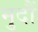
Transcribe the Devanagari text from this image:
मुदौं